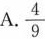
A.\frac{4}{9}